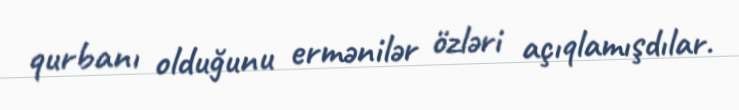
qurbanı olduğunu ermənilər özləri açıqlamışdılar.